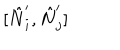
[ \hat { N } _ { i } ^ { \prime } , \hat { N } _ { j } ^ { \prime } ]